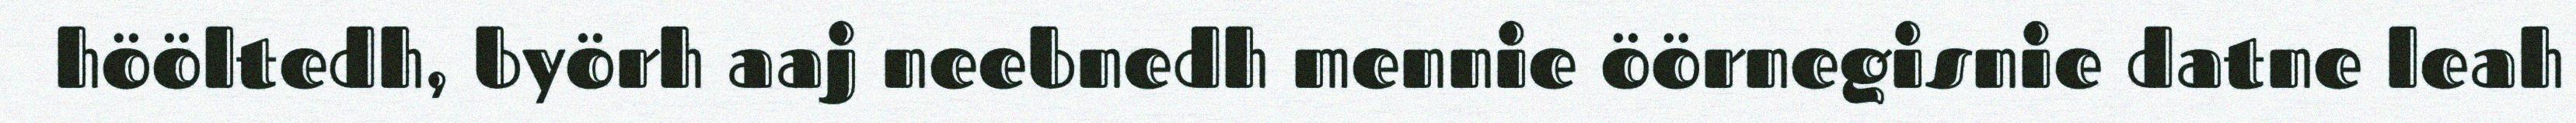
hööltedh, byörh aaj neebnedh mennie öörnegisnie datne leah